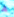
ھ